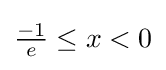
{\textstyle {\frac {-1}{e}}\leq x<0}